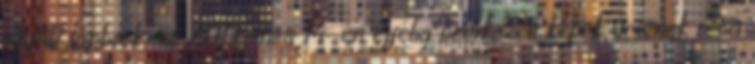
NYÁR lapbook-ot. 2013.június 14-én éjfélig beérkezett képek vesznek részt